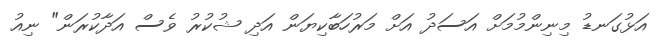
އަޅުގަނޑު މިނިންމުމަށް އަސަދު އަށް މަރުހަބާކިޔަން އަދި ޝުކުރު ވެސް އަދާކުރަން" ނިއު